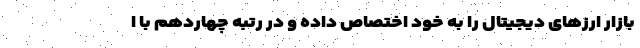
بازار ارزهای دیجیتال را به خود اختصاص داده و در رتبه چهاردهم با ا